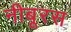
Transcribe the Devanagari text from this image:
नीबूरस